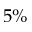
5 \%